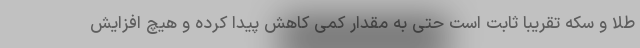
طلا و سکه تقریبا ثابت است حتی به مقدار کمی کاهش پیدا کرده و هیچ افزایش